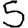
Digit: 5